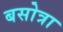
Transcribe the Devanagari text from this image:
बसोत्रा